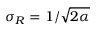
\sigma _ { R } = 1 / \sqrt { 2 \alpha }